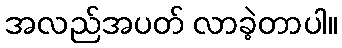
အလည်အပတ် လာခဲ့တာပါ။